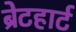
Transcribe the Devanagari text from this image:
ब्रेटहार्ट